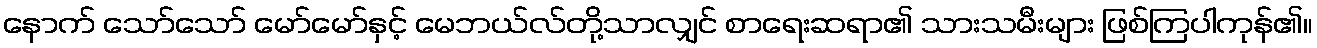
နောက် သော်သော် မော်မော်နှင့် မေဘယ်လ်တို့သာလျှင် စာရေးဆရာ၏ သားသမီးများ ဖြစ်ကြပါကုန်၏။